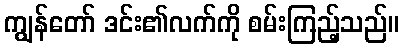
ကျွန်တော် ဒင်း၏လက်ကို စမ်းကြည့်သည်။